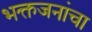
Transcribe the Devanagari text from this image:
भक्तजनांचा